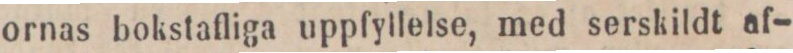
ornas bokstafliga uppfyllelse, med serskildt af-